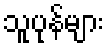
သူပုန်များ